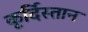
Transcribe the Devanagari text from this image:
कूर्दिस्तान